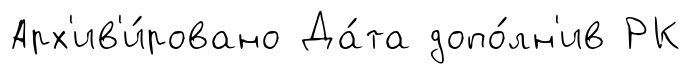
Арх'ив'и́ровано Да́та допо́лн'ив РК